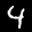
Label: 4